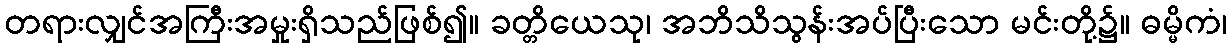
တရားလျှင်အကြီးအမှုးရှိသည်ဖြစ်၍။ ခတ္တိယေသု၊ အဘိသိသွန်းအပ်ပြီးသော မင်းတို့၌။ ဓမ္မိကံ၊